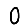
Digit: 0